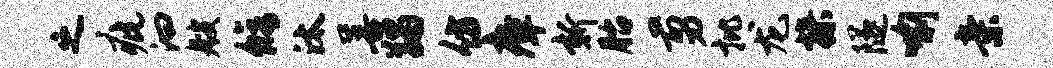
之疵汩艘修汰善蠲仿瘴新胎剪批龙操隧喻亲